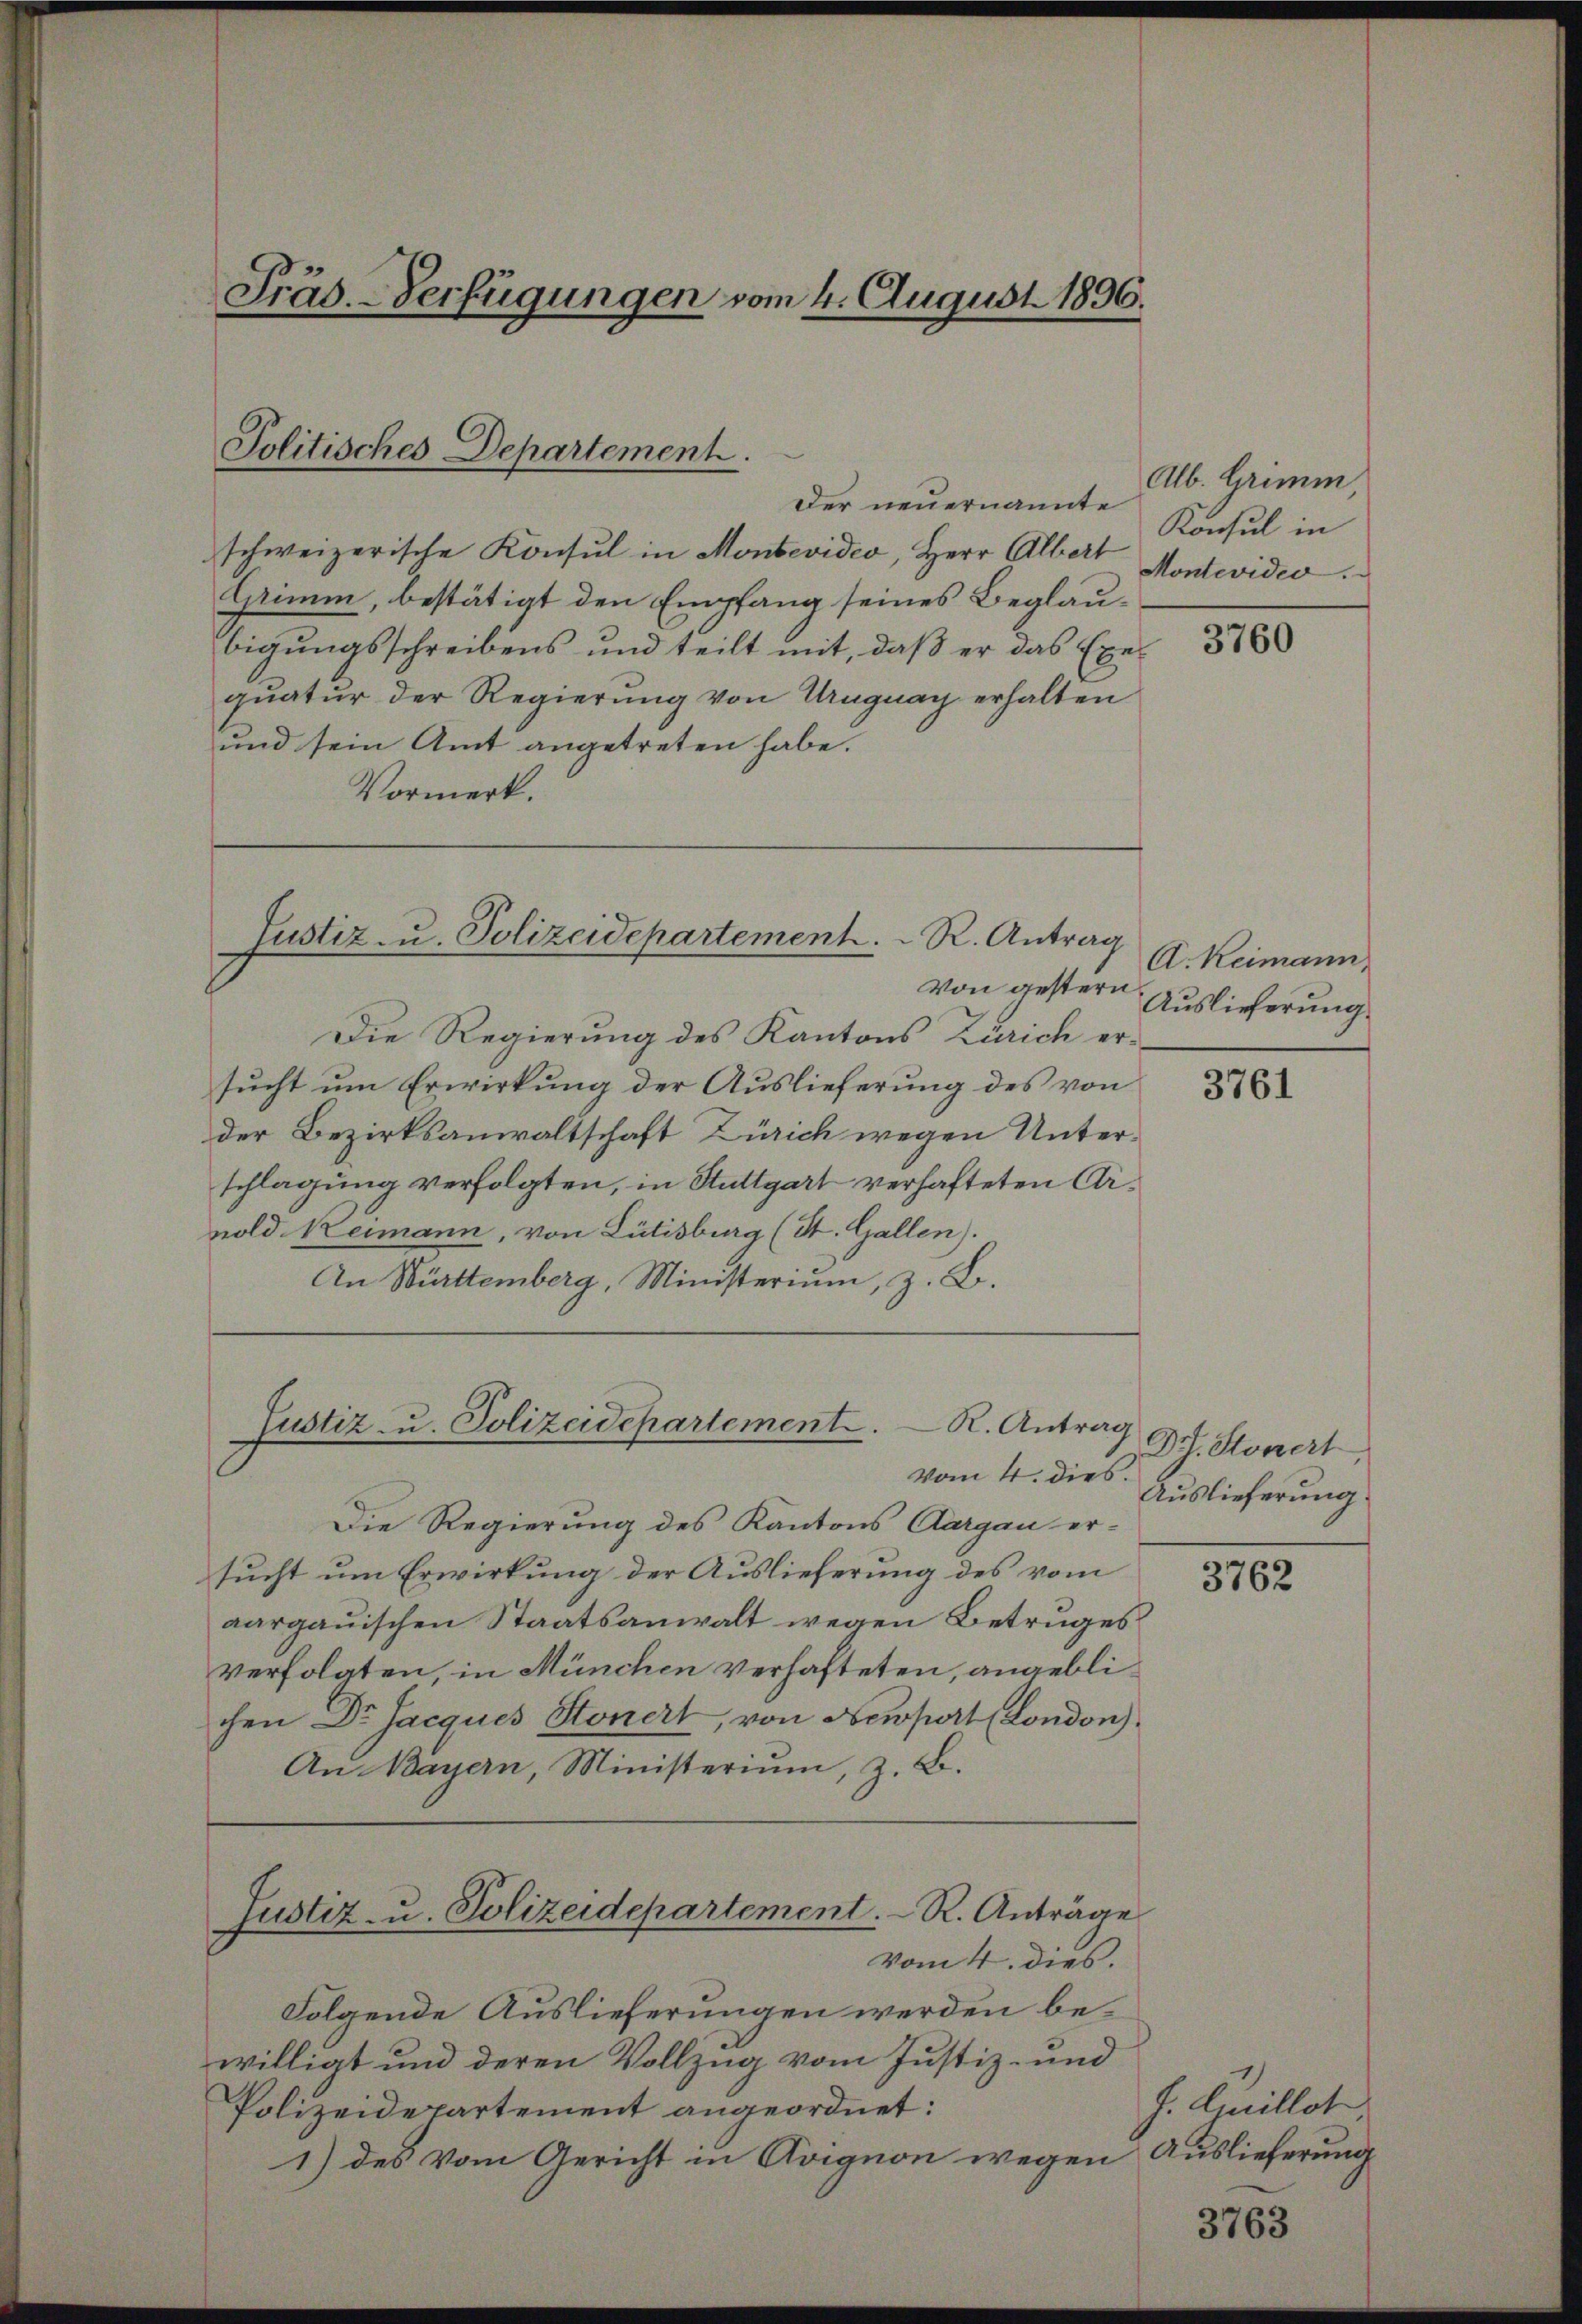
Präs. - Verfügungen vom 4. August 1896.

Politisches Departement.

Der neuernannte
schweizerische Konsul in Montevideo, Herr Albert
Grimm, bestätigt den Empfang seines Beglaubigungsschreibens und teilt mit, daß er das Exequatur der Regierung von Ungnay erhalten
und sein Amt angetreten habe.
Vormerk.

Justiz- u. Polizeidepartement.  ..  R. Antrag

Justiz u. Polizeidepartement. K. Antrag
Vom 4. dies.

Von gestern
Die Regierung des Kantons Zürich ersucht um Erwirkung der Auslieferung des von
der Bezirksanwaltschaft Zürich wegen Unterschlagung verfolgten, in Stuttgart verhafteten Arnold Heimann, von Lütisburg (St. Gallen).
An Württemberg, Ministerium, z. B.

Die Regierung des Kantons Aargau er-
sucht um Erwirkung der Auslieferung des vom
aargauischen Staatsanwalt wegen Betruges
verfolgten, in München verhafteten, angeblichen Dr Jacques Stonert, von Newport (London)
An Bayern, Ministerium, z. B.
Justiz- u. Polizeidepartement. R. Anträge
vom 4. dies.
Folgende Auslieferungen werden bewilligt und deren Vollzug vom Justiz- und
Polizeidepartement angeordnet:
1) des vom Gericht in Avignon wegen

Alb. Grimm
Konsul in
Montevidio.

3760

A. Keimann,
Auslieferung

3761

Dr. Stonert
Auslieferung

3762

J. Emillet
Auslieferung

3763